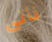
نأتى